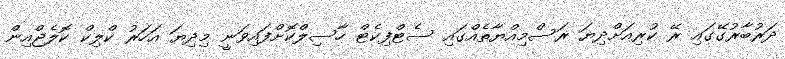
ދަރުބާރުގޭގައި ރޭ ކުރިއަށްދިޔަ ރަސްމިއްޔާތެއްގައި ސެޓްފިކެޓް ހާސިލްކޮށްފައިވަނީ މިދިޔަ އަހަރު ކްލިކް ކޮލެޖްއިން